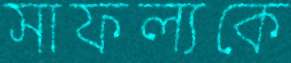
সাফল্যকে